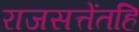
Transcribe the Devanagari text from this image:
राजसत्तेंतहि